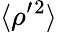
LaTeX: \langle{\rho^{\prime}{}^{2}}\rangle